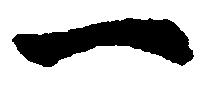
一